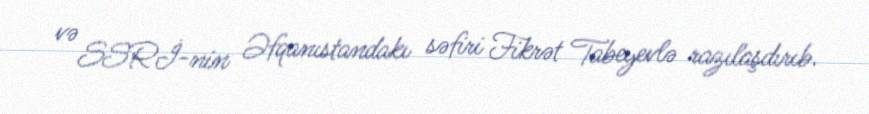
və SSRİ-nin Əfqanıstandakı səfiri Fikrət Tabeyevlə razılaşdırıb.